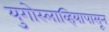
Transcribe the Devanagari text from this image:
युगोस्लाव्हियापासून